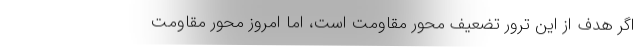
اگر هدف از این ترور تضعیف محور مقاومت است، اما امروز محور مقاومت